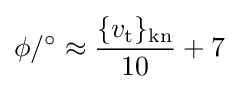
\phi /^{\circ }\approx {\frac {\{v_{\mathrm {t} }\}_{\mathrm {kn} }}{10}}+7